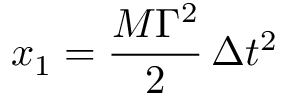
x _ { 1 } = { \frac { M \Gamma ^ { 2 } } { 2 } } \, \Delta t ^ { 2 }